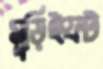
মুড়িইফট